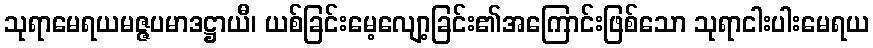
သုရာမေရယမဇ္ဇပမာဒဋ္ဌာယီ၊ ယစ်ခြင်းမေ့လျော့ခြင်း၏အကြောင်းဖြစ်သော သုရာငါးပါးမေရယ